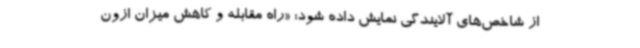
از شاخص‌های آلایندگی نمایش داده شود: «راه مقابله و کاهش میزان ازون